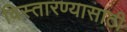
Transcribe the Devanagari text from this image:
विस्तारण्यासाठी